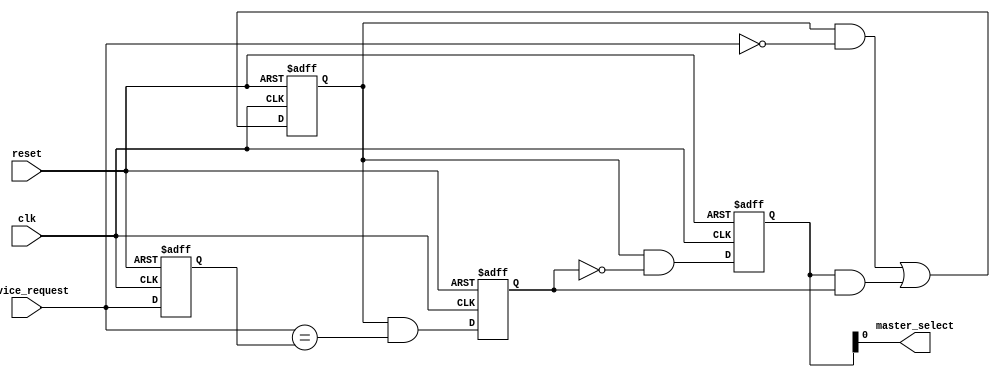
module arbiter (
    input wire clk,
    input wire reset,
    input wire [3:0] device_request,
    output wire master_select
);

reg [3:0] device_priority;
reg [3:0] device_grant;
reg [3:0] device_enable;
reg [3:0] device_done;

always @ (posedge clk or posedge reset) begin
    if (reset) begin
        device_priority <= 4'b0000;
        device_grant <= 4'b0000;
        device_enable <= 4'b0000;
        device_done <= 4'b0000;
    end else begin
        device_priority <= device_request;
        device_grant <= device_enable & ~device_done;
        device_enable <= (device_enable & ~device_request) | (device_grant & device_done);
        device_done <= device_enable & (device_request == device_priority);
    end
end

assign master_select = device_grant[0];

endmodule